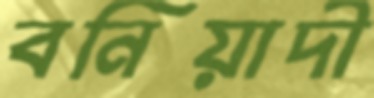
বনিয়াদী